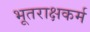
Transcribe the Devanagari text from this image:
भूतराक्षकर्म